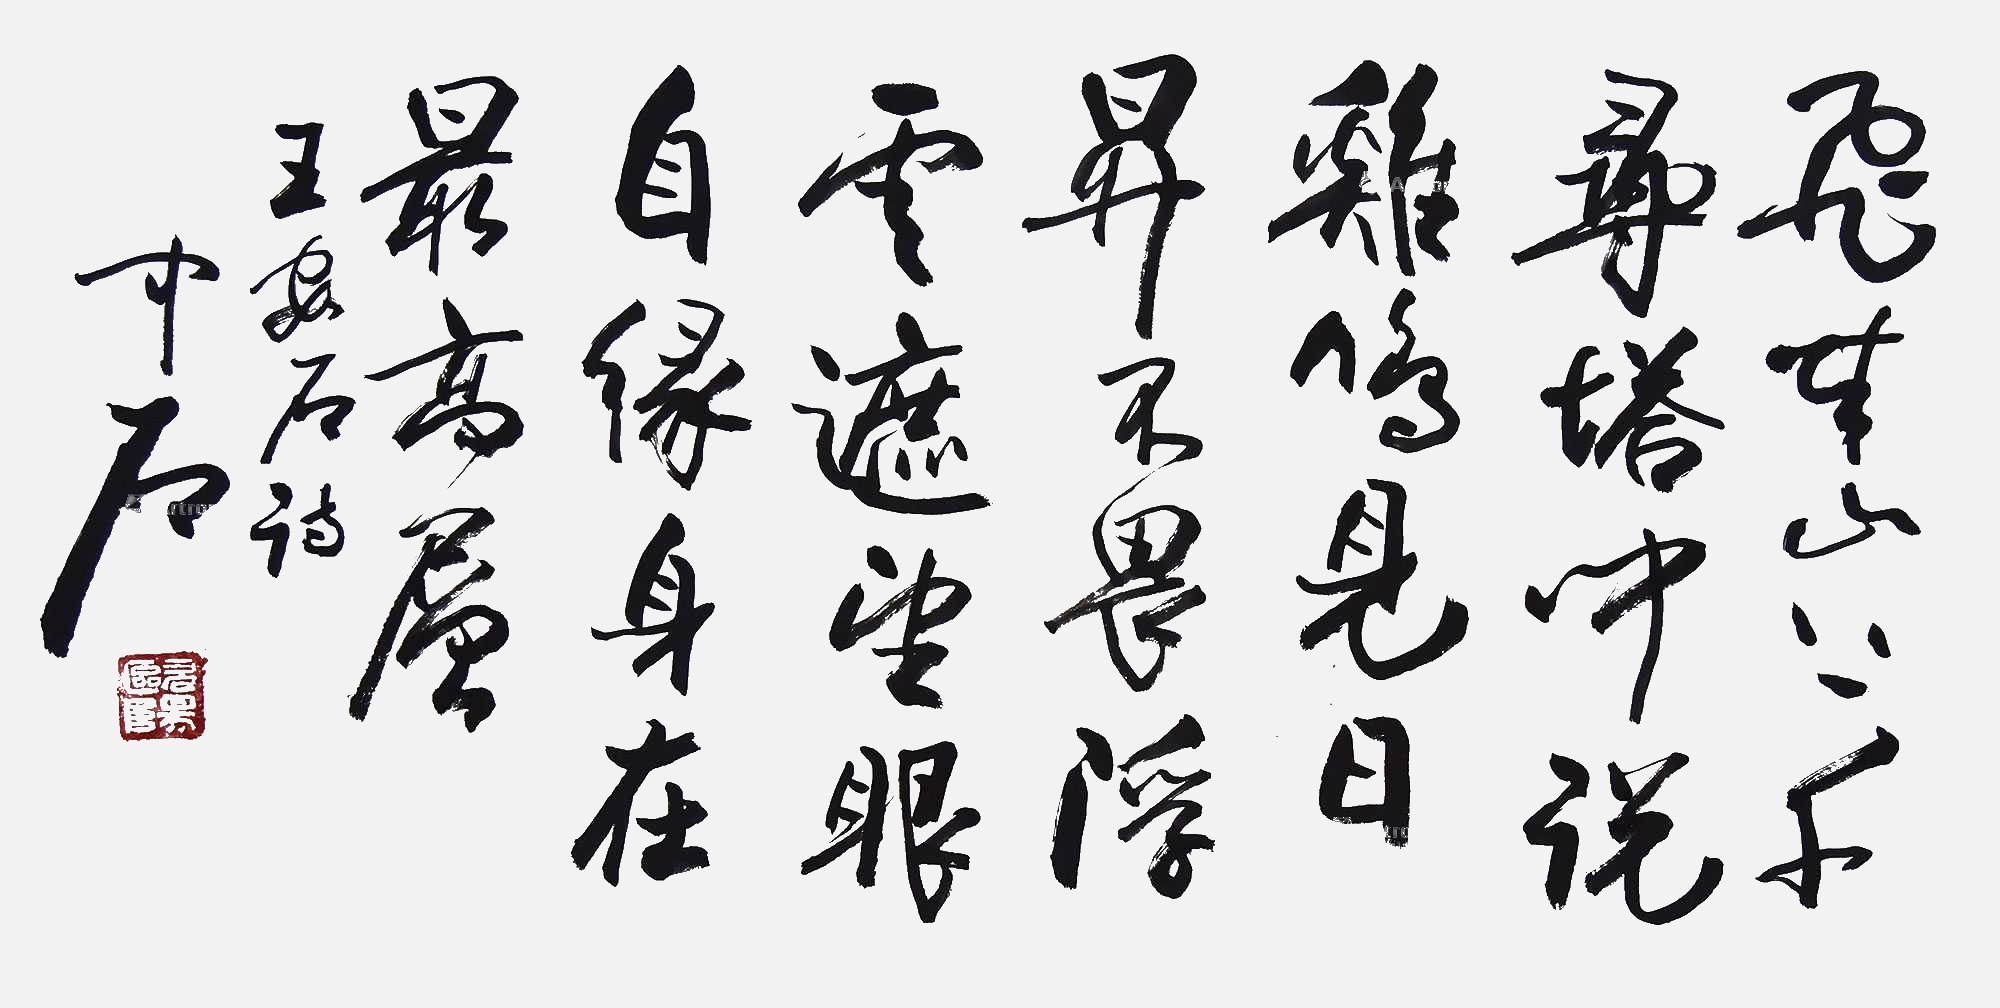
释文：飞来山上千寻塔，闻说鸡鸣见日升。不畏浮云遮望眼，只缘身在最高层。王安石诗中石